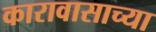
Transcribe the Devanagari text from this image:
कारावासाच्या